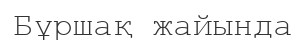
Бұршақ жайында